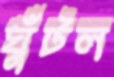
ঘুঁটল